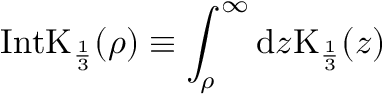
\mathrm { I n t K } _ { \frac { 1 } { 3 } } ( \rho ) \equiv \int _ { \rho } ^ { \infty } \mathrm { d } z \mathrm { K } _ { \frac { 1 } { 3 } } ( z )